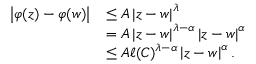
\begin{array} { r l } { \displaystyle \left\lvert \varphi ( z ) - \varphi ( w ) \right\rvert } & { \leq A \displaystyle \left\lvert z - w \right\rvert ^ { \lambda } } \\ & { = A \displaystyle \left\lvert z - w \right\rvert ^ { \lambda - \alpha } \displaystyle \left\lvert z - w \right\rvert ^ { \alpha } } \\ & { \leq A \ell ( C ) ^ { \lambda - \alpha } \displaystyle \left\lvert z - w \right\rvert ^ { \alpha } . } \end{array}